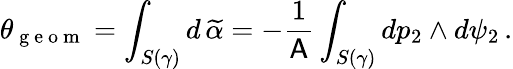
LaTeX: \theta_{\mathrm{~g~e~o~m~}}=\int_{S(\gamma)}d\, \widetilde{\alpha}=-\frac{1}{\mathsf{A}}\int_{S(\gamma)}dp_{2}\wedge d\psi_{2}\, .